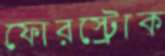
ফোরস্ট্রোক